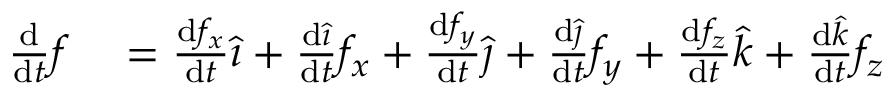
\begin{array} { r l } { { \frac { \mathrm { d } } { \mathrm { d } t } } { \boldsymbol { f } } } & { { } = { \frac { \mathrm { d } f _ { x } } { \mathrm { d } t } } { \hat { \boldsymbol { \imath } } } + { \frac { \mathrm { d } { \hat { \boldsymbol { \imath } } } } { \mathrm { d } t } } f _ { x } + { \frac { \mathrm { d } f _ { y } } { \mathrm { d } t } } { \hat { \boldsymbol { \jmath } } } + { \frac { \mathrm { d } { \hat { \boldsymbol { \jmath } } } } { \mathrm { d } t } } f _ { y } + { \frac { \mathrm { d } f _ { z } } { \mathrm { d } t } } { \hat { \boldsymbol { k } } } + { \frac { \mathrm { d } { \hat { \boldsymbol { k } } } } { \mathrm { d } t } } f _ { z } } \end{array}